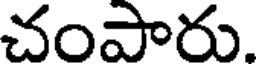
చంపారు.